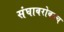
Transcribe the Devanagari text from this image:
संघाबरोबरच